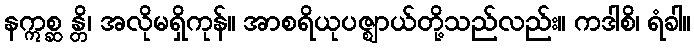
နဣစ္ဆ န္တိ၊ အလိုမရှိကုန်။ အာစရိယုပဇ္ဈာယ်တို့သည်လည်း။ ကဒါစိ၊ ရံခါ။